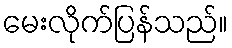
မေးလိုက်ပြန်သည်။